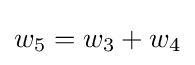
w_{5}=w_{3}+w_{4}